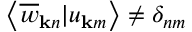
\left< \overline { { w } } _ { { \bf k } n } | u _ { { \bf k } m } \right> \ne \delta _ { n m }